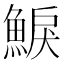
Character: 𩸭